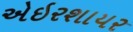
એઇરશાયર